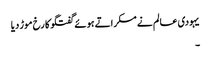
یہودی عالم نے مسکراتے ہوئے گفتگو کا رخ موڑ دیا
۔